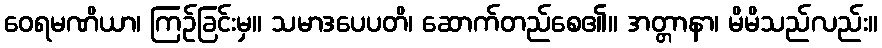
ဝေရမဏိယာ၊ ကြဉ်ခြင်းမှ။ သမာဒပေပတိ၊ ဆောက်တည်စေ၏။ အတ္တာနာ၊ မိမိသည်လည်း။